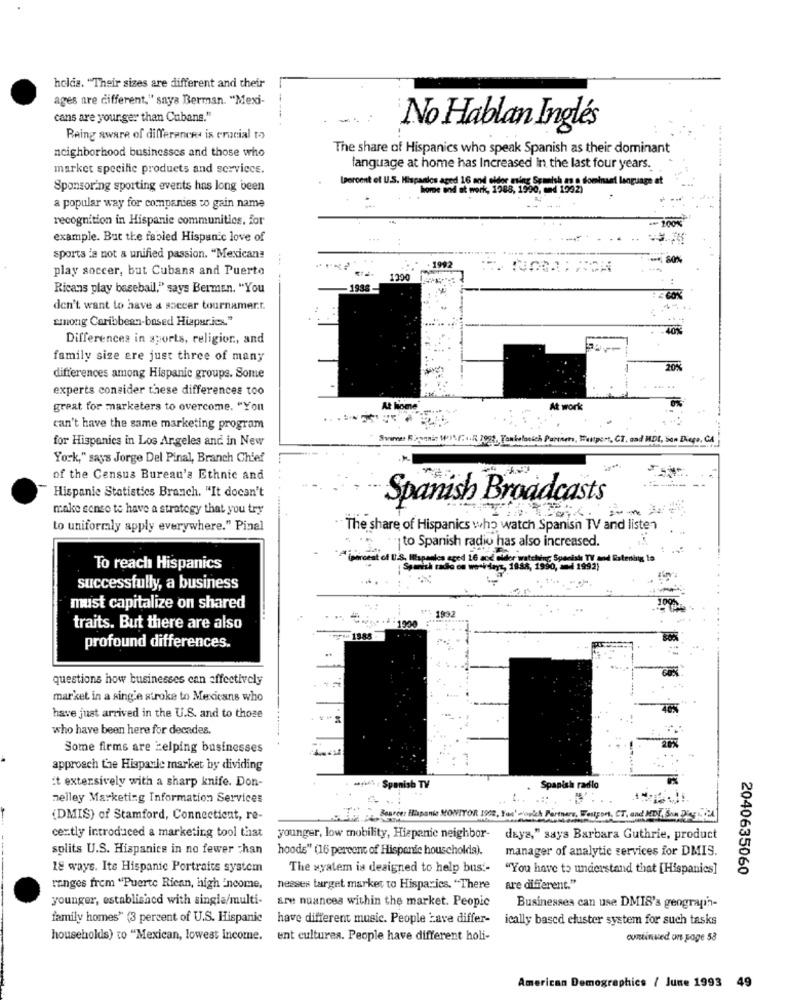
holais. "Their sizes are different and their
ages are different." saya Berman. "Mexi-
--
cans are younger than Cubans."
No Hablan Inglés
Raing aware of differences is crucial to
The share of Hispanics who speak Spanish as their dominant
neighborhood businesses and those who
market specific products and service.
language at home has Increased in the last four years.
Ipercent of U.S. Hispanics aged 16 and eldor ming Spanish zo o dominant language at
Sponsoring sporting events has long been
home and at work, 1988, 1990, med 1942)
a popular way for companies to gain name
recognition in Hispanie communities. for
-200%
example. But the fabled Hispanic love of
sports is not a unified passion. "Mexicana
---
1992
50%
play soccer, but Cubans and Puerto
1290
Ricans play baseball," says Berman. "You
-1938-
don't want to have a soccer tournamer.r.
among Caribbean-based Hiapur.jex."
Differences in sports, religion, and
family size ere just three of many
20%
differences among Hispanic groups. Some
experts consider these differences too
great for marketers to overcome. "You
At home. .... .
At work
can't have the same marketing program
for Hispanics in Los Argeles and in New
Shower Rapenas MISS. F .. . Jeg. Tomboloeich Partners, Wellpers, CT, and MDE, San Diego, CA
York," says Jorge Del Pinal, Branch Chief
of the Census Bureau's Ethnic and
Hispanic Statistics Branch. "It doesn't
Spanish Broadcasts
make sense to have a strategy that you try
to uniformaly apply everywhere." Pinal
The share of Hispanics who watch Spanish TV and listen
· to Spanish radio has also increased.
My Special TY and Bateri
To reach Hispanics
Speech rado os wo-405 1988, 1990, = 1992)
successfully, a business
must capitalize on shared
193
traits. But there are also
profound differences.
questions how businesses can effectively
market in a single stroke to Mexicans who
have just arrived in the U.S. and to those
who have been here for decades.
Some firms are Helping businesses
approach the Hispanic market by dividing
it extensively with a sharp knife. Don-
ww - Spanish TV
Spanish radio
nelley Marketing Information Services
(DMIS) of Stamford, Connectient, re-
Bouree: Hispanie MONITOR 1908, You' cionich Partners, Westpont, CT, and MEDY, Som 22-21024]
certly introduced a marketing tool that
younger, low mobility, Hispanic neighbor-
days," says Barbara Guthrie, product
splits U.S. Hispanics in no fewer than
hoods" (16 percent of Hispanic households).
manager of analytic services for DMIS.
18 ways. Ite Hispanic Portraits system
The system is designed to help bus'-
"You have to understand that [Hispanics]
2040635060
ranges frem "Puerto Rican, high Encome,
nesses target market to Hisparics. "There
are different."
younger, established with single/multi-
are nuances within the market. Peopic
Businesses can use DMIS's geograph-
family homes" (3 percent of U.S. Hispanic
have different music. People zave differ-
ically based cluster system for such tasks
households) to "Mexican, lowest Income.
ent cultures. People have different holi-
continued on page 58
American Demographics / June 1993 49